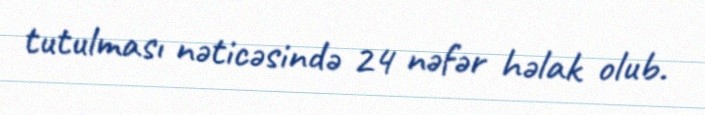
tutulması nəticəsində 24 nəfər həlak olub.